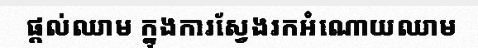
ផ្តល់ឈាម ក្នុងការស្វែងរកអំណោយឈាម